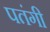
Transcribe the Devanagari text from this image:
पतंगी